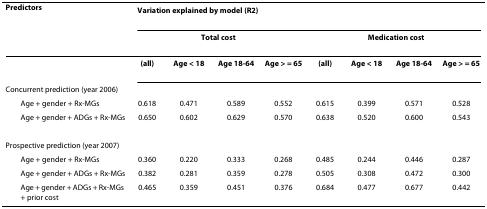
<table><thead><tr><td><b>Predictors</b></td><td colspan="8"><b>Variation explained by model (R<sup>2</sup>)</b></td></tr><tr><td></td><td colspan="4"><b>Total cost</b></td><td colspan="4"><b>Medication cost</b></td></tr></thead><tbody><tr><td></td><td><b>(all)</b></td><td><b>Age &lt; 18</b></td><td><b>Age 18-64</b></td><td><b>Age &gt; = 65</b></td><td><b>(all)</b></td><td><b>Age &lt; 18</b></td><td><b>Age 18-64</b></td><td><b>Age &gt; = 65</b></td></tr><tr><td>Concurrent prediction (year 2006)</td><td></td><td></td><td></td><td></td><td></td><td></td><td></td><td></td></tr><tr><td> Age + gender + Rx-MGs</td><td>0.618</td><td>0.471</td><td>0.589</td><td>0.552</td><td>0.615</td><td>0.399</td><td>0.571</td><td>0.528</td></tr><tr><td> Age + gender + ADGs + Rx-MGs</td><td>0.650</td><td>0.602</td><td>0.629</td><td>0.570</td><td>0.638</td><td>0.520</td><td>0.600</td><td>0.543</td></tr><tr><td>Prospective prediction (year 2007)</td><td></td><td></td><td></td><td></td><td></td><td></td><td></td><td></td></tr><tr><td> Age + gender + Rx-MGs</td><td>0.360</td><td>0.220</td><td>0.333</td><td>0.268</td><td>0.485</td><td>0.244</td><td>0.446</td><td>0.287</td></tr><tr><td> Age + gender + ADGs + Rx-MGs</td><td>0.382</td><td>0.281</td><td>0.359</td><td>0.278</td><td>0.505</td><td>0.308</td><td>0.472</td><td>0.300</td></tr><tr><td> Age + gender + ADGs + Rx-MGs + prior cost</td><td>0.465</td><td>0.359</td><td>0.451</td><td>0.376</td><td>0.684</td><td>0.477</td><td>0.677</td><td>0.442</td></tr></tbody></table>